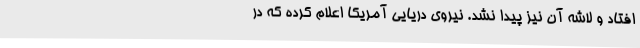
افتاد و لاشه آن نیز پیدا نشد. نیروی دریایی آمریکا اعلام کرده که در